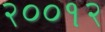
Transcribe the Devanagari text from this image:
२००१२